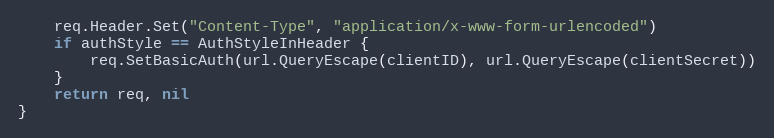
Language: Go
	req.Header.Set("Content-Type", "application/x-www-form-urlencoded")
	if authStyle == AuthStyleInHeader {
		req.SetBasicAuth(url.QueryEscape(clientID), url.QueryEscape(clientSecret))
	}
	return req, nil
}